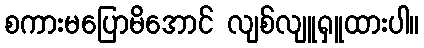
စကားမပြောမိအောင် လျစ်လျူရှူထားပါ။